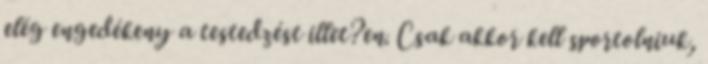
elég engedékeny a testedzést illet?en. Csak akkor kell sportolniuk,